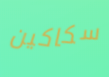
سكاكين